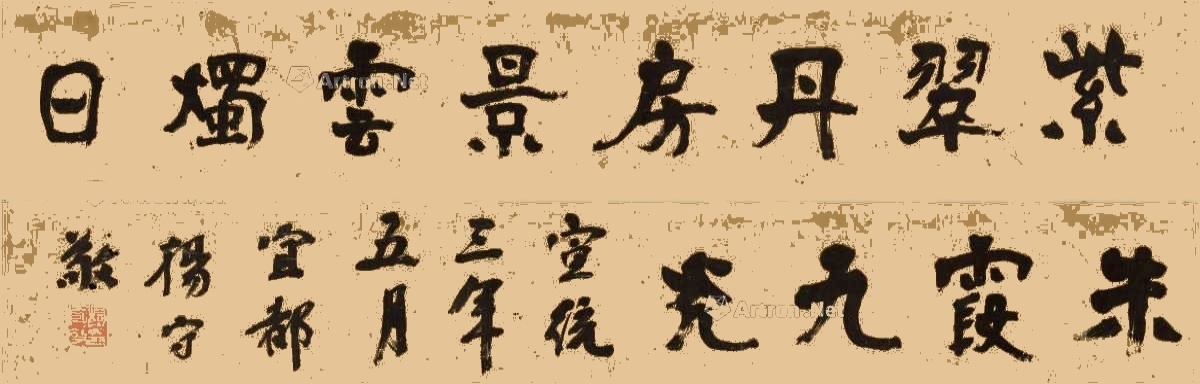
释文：紫翠丹房，景云烛目，朱霞九光。宣统三年五月，宜都杨守敬。